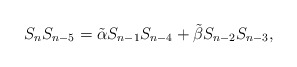
\begin{align*}S_{n}S_{n-5}=\tilde{\alpha} S_{n-1}S_{n-4}+\tilde{\beta} S_{n-2}S_{n-3},\end{align*}